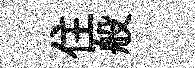
住般